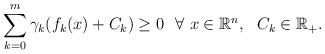
LaTeX: \begin{align*} \sum_{k=0}^{m} \gamma_{k}(f_{k}(x)+C_{k})\ge 0\ \ \forall\ x\in\mathbb{R}^{n}, \ \ C_k\in\mathbb{R}_+.\end{align*}